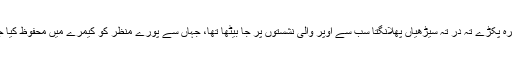
رابرٹ کیمرہ پکڑے تہ در تہ سیڑھیاں پھلانگتا سب سے اُوپر والی نشستوں پر جا بیٹھا تھا، جہاں سے پورے منظر کو کیمرے میں محفوظ کیا جا سکتا تھا۔